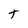
Character: t